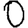
Digit: 0